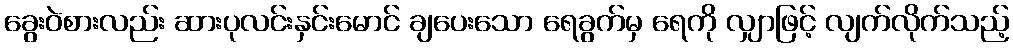
ခွေးဝဲစားလည်း ဆားပုလင်းနှင်းမောင် ချပေးသော ရေခွက်မှ ရေကို လျှာဖြင့် လျက်လိုက်သည့်